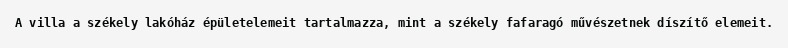
A villa a székely lakóház épületelemeit tartalmazza, mint a székely fafaragó művészetnek díszítő elemeit.